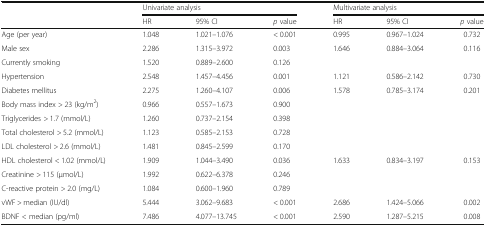
<table><thead><tr><td rowspan="2"></td><td colspan="3"><b>Univariate analysis</b></td><td colspan="3"><b>Multivariate analysis</b></td></tr><tr><td><b>HR</b></td><td><b>95% CI</b></td><td><b><i>p</i> value</b></td><td><b>HR</b></td><td><b>95% CI</b></td><td><b><i>p</i> value</b></td></tr></thead><tbody><tr><td>Age (per year)</td><td>1.048</td><td>1.021–1.076</td><td>&lt; 0.001</td><td>0.995</td><td>0.967–1.024</td><td>0.732</td></tr><tr><td>Male sex</td><td>2.286</td><td>1.315–3.972</td><td>0.003</td><td>1.646</td><td>0.884–3.064</td><td>0.116</td></tr><tr><td>Currently smoking</td><td>1.520</td><td>0.889–2.600</td><td>0.126</td><td></td><td></td><td></td></tr><tr><td>Hypertension</td><td>2.548</td><td>1.457–4.456</td><td>0.001</td><td>1.121</td><td>0.586–2.142</td><td>0.730</td></tr><tr><td>Diabetes mellitus</td><td>2.275</td><td>1.260–4.107</td><td>0.006</td><td>1.578</td><td>0.785–3.174</td><td>0.201</td></tr><tr><td>Body mass index &gt; 23 (kg/m<sup>2</sup>)</td><td>0.966</td><td>0.557–1.673</td><td>0.900</td><td></td><td></td><td></td></tr><tr><td>Triglycerides &gt; 1.7 (mmol/L)</td><td>1.260</td><td>0.737–2.154</td><td>0.398</td><td></td><td></td><td></td></tr><tr><td>Total cholesterol &gt; 5.2 (mmol/L)</td><td>1.123</td><td>0.585–2.153</td><td>0.728</td><td></td><td></td><td></td></tr><tr><td>LDL cholesterol &gt; 2.6 (mmol/L)</td><td>1.481</td><td>0.845–2.599</td><td>0.170</td><td></td><td></td><td></td></tr><tr><td>HDL cholesterol &lt; 1.02 (mmol/L)</td><td>1.909</td><td>1.044–3.490</td><td>0.036</td><td>1.633</td><td>0.834–3.197</td><td>0.153</td></tr><tr><td>Creatinine &gt; 115 (μmol/L)</td><td>1.992</td><td>0.622–6.378</td><td>0.246</td><td></td><td></td><td></td></tr><tr><td>C-reactive protein &gt; 2.0 (mg/L)</td><td>1.084</td><td>0.600–1.960</td><td>0.789</td><td></td><td></td><td></td></tr><tr><td>vWF &gt; median (IU/dl)</td><td>5.444</td><td>3.062–9.683</td><td>&lt; 0.001</td><td>2.686</td><td>1.424–5.066</td><td>0.002</td></tr><tr><td>BDNF &lt; median (pg/ml)</td><td>7.486</td><td>4.077–13.745</td><td>&lt; 0.001</td><td>2.590</td><td>1.287–5.215</td><td>0.008</td></tr></tbody></table>